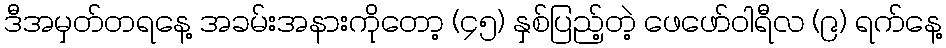
ဒီအမှတ်တရနေ့ အခမ်းအနားကိုတော့ (၄၅) နှစ်ပြည့်တဲ့ ဖေဖော်ဝါရီလ (၉) ရက်နေ့